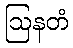
ဩနတံ